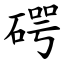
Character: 𥔲